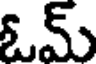
ఓమ్